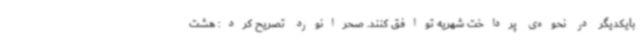
بایکدیگر در نحوه‌ی پرداخت شهریه توافق کنند. صحرانورد تصریح کرد: هشت